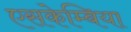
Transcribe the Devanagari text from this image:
एसकेम्बिया